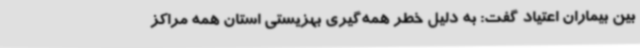
بین بیماران اعتیاد گفت: به دلیل خطر همه‌گیری بهزیستی استان همه مراکز